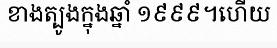
ខាងត្បូងក្នុងឆ្នាំ ១៩៩៩។ហើយ